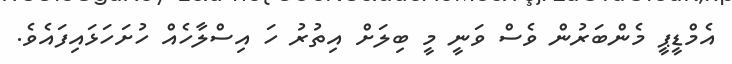
އެމްޑީޕީ މެންބަރުން ވެސް ވަނީ މީ ބިލަށް އިތުރު ހަ އިސްލާހެއް ހުށަހަޅައިފައެވެ.